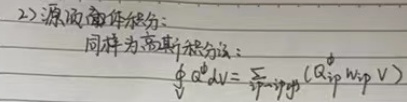
2) 源项的体积分:同样为高斯积分法:
\[
\int_V Q^{\phi}dV=\sum_{ip - gauss}(Q_{ip}^{\phi}w_{ip}V)
\]